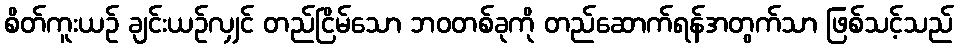
စိတ်ကူးယဉ် ချင်းယဉ်လျှင် တည်ငြိမ်သော ဘဝတစ်ခုကို တည်ဆောက်ရန်အတွက်သာ ဖြစ်သင့်သည်